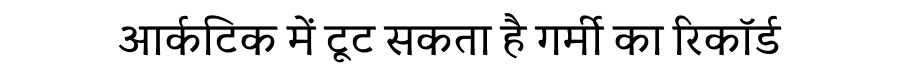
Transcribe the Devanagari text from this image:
आर्कटिक में टूट सकता है गर्मी का रिकॉर्ड